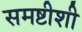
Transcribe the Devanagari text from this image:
समष्टीशी